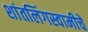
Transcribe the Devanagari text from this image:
शांतलिंगस्वामीचे